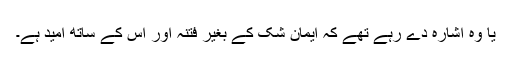
یا وہ اشارہ دے رہے تھے کہ ایمان شک کے بغیر فتنہ اور اس کے ساتھ امید ہے۔